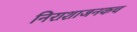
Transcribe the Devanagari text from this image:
निराशाजनकच